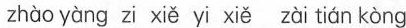
zhào yàng zi xiě yì xiě zài tián kòng